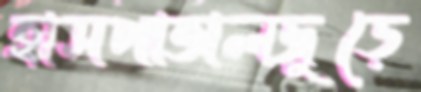
হাসপাতালজুড়ে